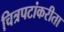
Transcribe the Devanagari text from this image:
चित्रपटांकरीता